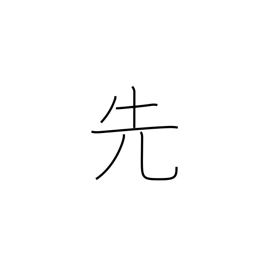
Meaning: previous